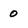
Character: 0